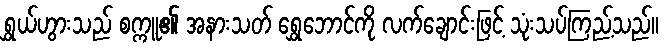
ရွှယ်ဟွားသည် စက္ကူ၏ အနားသတ် ရွှေဘောင်ကို လက်ချောင်းဖြင့် သုံးသပ်ကြည့်သည်။